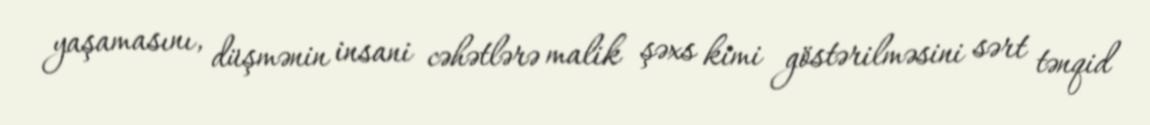
yaşamasını, düşmənin insani cəhətlərə malik şəxs kimi göstərilməsini sərt tənqid